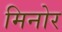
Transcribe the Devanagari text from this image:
मिनोर